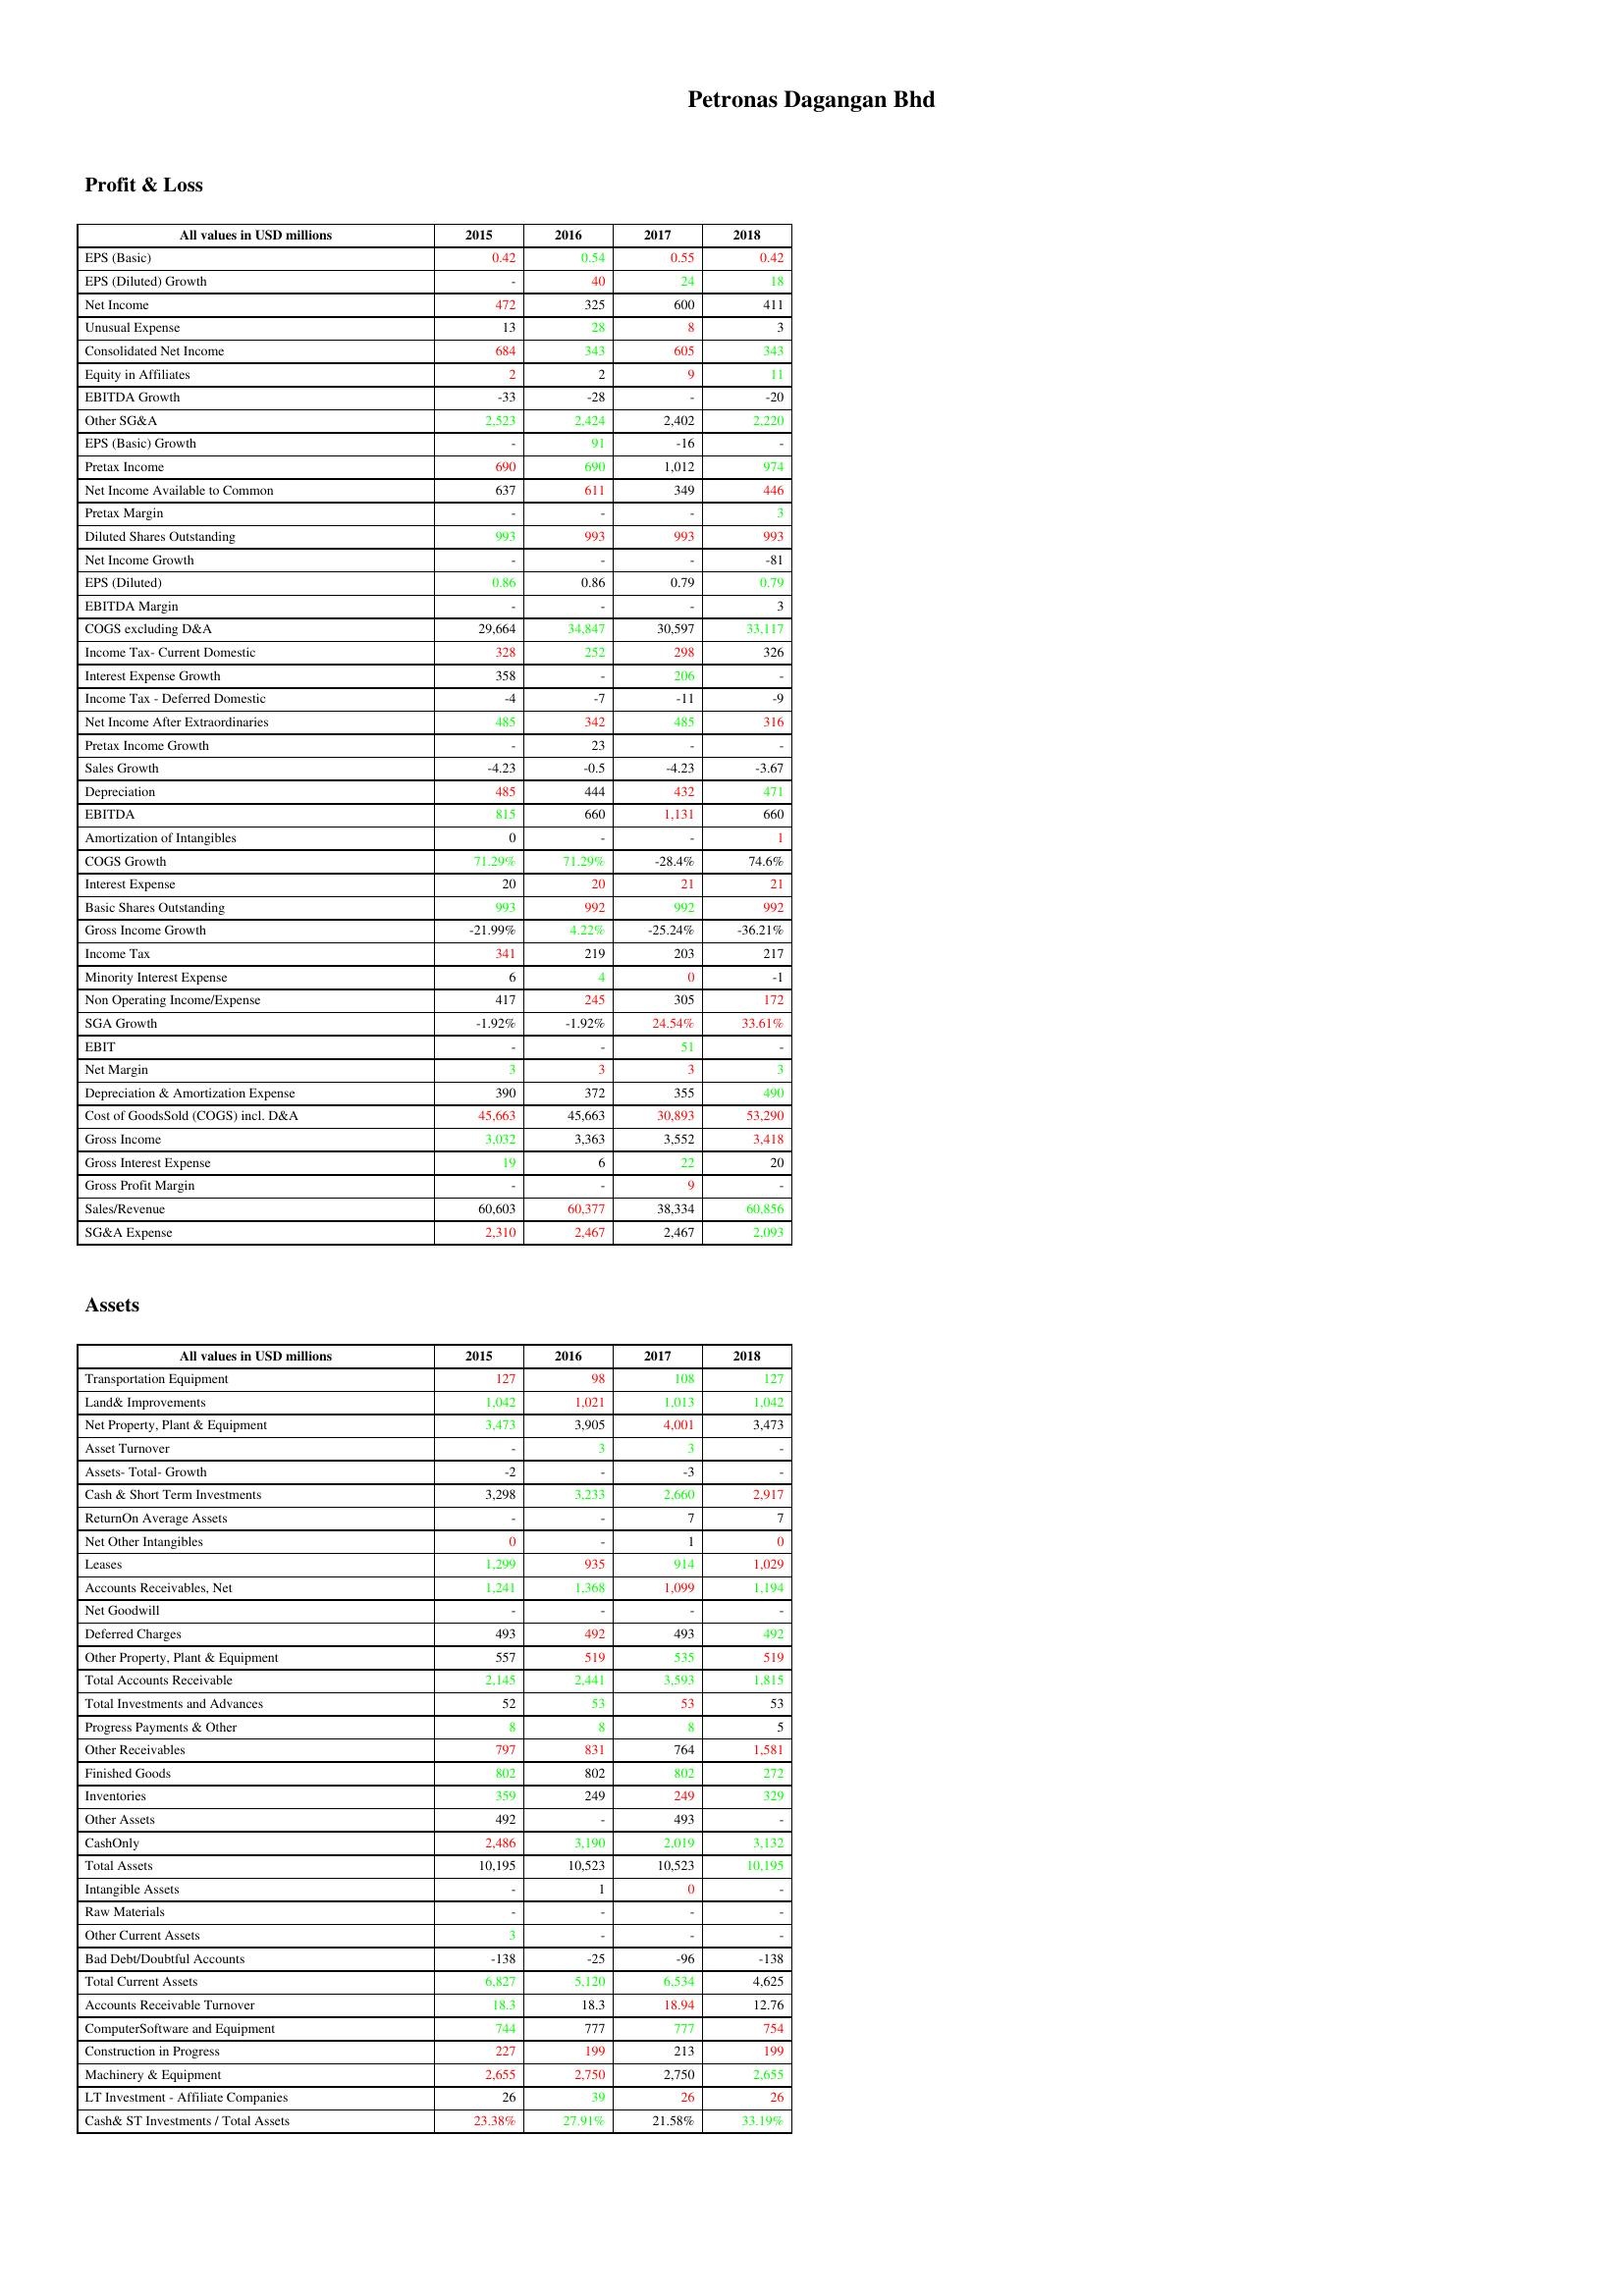
gt_parse: 2015: Profit & Loss: EPS (Basic): 0.42
EPS (Diluted) Growth: -
Net Income: 472
Unusual Expense: 13
Consolidated Net Income: 684
Equity in Affiliates: 2
EBITDA Growth: -33
Other SG&A: 2,523
EPS (Basic) Growth: -
Pretax Income: 690
Net Income Available to Common: 637
Pretax Margin: -
Diluted Shares Outstanding: 993
Net Income Growth: -
EPS (Diluted): 0.86
EBITDA Margin: -
COGS excluding D&A: 29,664
Income Tax- Current Domestic: 328
Interest Expense Growth: 358
Income Tax - Deferred Domestic: -4
Net Income After Extraordinaries: 485
Pretax Income Growth: -
Sales Growth: -4.23
Depreciation: 485
EBITDA: 815
Amortization of Intangibles: 0
COGS Growth: 71.29%
Interest Expense: 20
Basic Shares Outstanding: 993
Gross Income Growth: -21.99%
Income Tax: 341
Minority Interest Expense: 6
Non Operating Income/Expense: 417
SGA Growth: -1.92%
EBIT: -
Net Margin: 3
Depreciation & Amortization Expense: 390
Cost of GoodsSold (COGS) incl. D&A: 45,663
Gross Income: 3,032
Gross Interest Expense: 19
Gross Profit Margin: -
Sales/Revenue: 60,603
SG&A Expense: 2,310
Assets: Transportation Equipment: 127
Land& Improvements: 1,042
Net Property, Plant & Equipment: 3,473
Asset Turnover: -
Assets- Total- Growth: -2
Cash & Short Term Investments: 3,298
ReturnOn Average Assets: -
Net Other Intangibles: 0
Leases: 1,299
Accounts Receivables, Net: 1,241
Net Goodwill: -
Deferred Charges: 493
Other Property, Plant & Equipment: 557
Total Accounts Receivable: 2,145
Total Investments and Advances: 52
Progress Payments & Other: 8
Other Receivables: 797
Finished Goods: 802
Inventories: 359
Other Assets: 492
CashOnly: 2,486
Total Assets: 10,195
Intangible Assets: -
Raw Materials: -
Other Current Assets: 3
Bad Debt/Doubtful Accounts: -138
Total Current Assets: 6,827
Accounts Receivable Turnover: 18.3
ComputerSoftware and Equipment: 744
Construction in Progress: 227
Machinery & Equipment: 2,655
LT Investment - Affiliate Companies: 26
Cash& ST Investments / Total Assets: 23.38%
2016: Profit & Loss: EPS (Basic): 0.54
EPS (Diluted) Growth: 40
Net Income: 325
Unusual Expense: 28
Consolidated Net Income: 343
Equity in Affiliates: 2
EBITDA Growth: -28
Other SG&A: 2,424
EPS (Basic) Growth: 91
Pretax Income: 690
Net Income Available to Common: 611
Pretax Margin: -
Diluted Shares Outstanding: 993
Net Income Growth: -
EPS (Diluted): 0.86
EBITDA Margin: -
COGS excluding D&A: 34,847
Income Tax- Current Domestic: 252
Interest Expense Growth: -
Income Tax - Deferred Domestic: -7
Net Income After Extraordinaries: 342
Pretax Income Growth: 23
Sales Growth: -0.5
Depreciation: 444
EBITDA: 660
Amortization of Intangibles: -
COGS Growth: 71.29%
Interest Expense: 20
Basic Shares Outstanding: 992
Gross Income Growth: 4.22%
Income Tax: 219
Minority Interest Expense: 4
Non Operating Income/Expense: 245
SGA Growth: -1.92%
EBIT: -
Net Margin: 3
Depreciation & Amortization Expense: 372
Cost of GoodsSold (COGS) incl. D&A: 45,663
Gross Income: 3,363
Gross Interest Expense: 6
Gross Profit Margin: -
Sales/Revenue: 60,377
SG&A Expense: 2,467
Assets: Transportation Equipment: 98
Land& Improvements: 1,021
Net Property, Plant & Equipment: 3,905
Asset Turnover: 3
Assets- Total- Growth: -
Cash & Short Term Investments: 3,233
ReturnOn Average Assets: -
Net Other Intangibles: -
Leases: 935
Accounts Receivables, Net: 1,368
Net Goodwill: -
Deferred Charges: 492
Other Property, Plant & Equipment: 519
Total Accounts Receivable: 2,441
Total Investments and Advances: 53
Progress Payments & Other: 8
Other Receivables: 831
Finished Goods: 802
Inventories: 249
Other Assets: -
CashOnly: 3,190
Total Assets: 10,523
Intangible Assets: 1
Raw Materials: -
Other Current Assets: -
Bad Debt/Doubtful Accounts: -25
Total Current Assets: 5,120
Accounts Receivable Turnover: 18.3
ComputerSoftware and Equipment: 777
Construction in Progress: 199
Machinery & Equipment: 2,750
LT Investment - Affiliate Companies: 39
Cash& ST Investments / Total Assets: 27.91%
2017: Profit & Loss: EPS (Basic): 0.55
EPS (Diluted) Growth: 24
Net Income: 600
Unusual Expense: 8
Consolidated Net Income: 605
Equity in Affiliates: 9
EBITDA Growth: -
Other SG&A: 2,402
EPS (Basic) Growth: -16
Pretax Income: 1,012
Net Income Available to Common: 349
Pretax Margin: -
Diluted Shares Outstanding: 993
Net Income Growth: -
EPS (Diluted): 0.79
EBITDA Margin: -
COGS excluding D&A: 30,597
Income Tax- Current Domestic: 298
Interest Expense Growth: 206
Income Tax - Deferred Domestic: -11
Net Income After Extraordinaries: 485
Pretax Income Growth: -
Sales Growth: -4.23
Depreciation: 432
EBITDA: 1,131
Amortization of Intangibles: -
COGS Growth: -28.4%
Interest Expense: 21
Basic Shares Outstanding: 992
Gross Income Growth: -25.24%
Income Tax: 203
Minority Interest Expense: 0
Non Operating Income/Expense: 305
SGA Growth: 24.54%
EBIT: 51
Net Margin: 3
Depreciation & Amortization Expense: 355
Cost of GoodsSold (COGS) incl. D&A: 30,893
Gross Income: 3,552
Gross Interest Expense: 22
Gross Profit Margin: 9
Sales/Revenue: 38,334
SG&A Expense: 2,467
Assets: Transportation Equipment: 108
Land& Improvements: 1,013
Net Property, Plant & Equipment: 4,001
Asset Turnover: 3
Assets- Total- Growth: -3
Cash & Short Term Investments: 2,660
ReturnOn Average Assets: 7
Net Other Intangibles: 1
Leases: 914
Accounts Receivables, Net: 1,099
Net Goodwill: -
Deferred Charges: 493
Other Property, Plant & Equipment: 535
Total Accounts Receivable: 3,593
Total Investments and Advances: 53
Progress Payments & Other: 8
Other Receivables: 764
Finished Goods: 802
Inventories: 249
Other Assets: 493
CashOnly: 2,019
Total Assets: 10,523
Intangible Assets: 0
Raw Materials: -
Other Current Assets: -
Bad Debt/Doubtful Accounts: -96
Total Current Assets: 6,534
Accounts Receivable Turnover: 18.94
ComputerSoftware and Equipment: 777
Construction in Progress: 213
Machinery & Equipment: 2,750
LT Investment - Affiliate Companies: 26
Cash& ST Investments / Total Assets: 21.58%
2018: Profit & Loss: EPS (Basic): 0.42
EPS (Diluted) Growth: 18
Net Income: 411
Unusual Expense: 3
Consolidated Net Income: 343
Equity in Affiliates: 11
EBITDA Growth: -20
Other SG&A: 2,220
EPS (Basic) Growth: -
Pretax Income: 974
Net Income Available to Common: 446
Pretax Margin: 3
Diluted Shares Outstanding: 993
Net Income Growth: -81
EPS (Diluted): 0.79
EBITDA Margin: 3
COGS excluding D&A: 33,117
Income Tax- Current Domestic: 326
Interest Expense Growth: -
Income Tax - Deferred Domestic: -9
Net Income After Extraordinaries: 316
Pretax Income Growth: -
Sales Growth: -3.67
Depreciation: 471
EBITDA: 660
Amortization of Intangibles: 1
COGS Growth: 74.6%
Interest Expense: 21
Basic Shares Outstanding: 992
Gross Income Growth: -36.21%
Income Tax: 217
Minority Interest Expense: -1
Non Operating Income/Expense: 172
SGA Growth: 33.61%
EBIT: -
Net Margin: 3
Depreciation & Amortization Expense: 490
Cost of GoodsSold (COGS) incl. D&A: 53,290
Gross Income: 3,418
Gross Interest Expense: 20
Gross Profit Margin: -
Sales/Revenue: 60,856
SG&A Expense: 2,093
Assets: Transportation Equipment: 127
Land& Improvements: 1,042
Net Property, Plant & Equipment: 3,473
Asset Turnover: -
Assets- Total- Growth: -
Cash & Short Term Investments: 2,917
ReturnOn Average Assets: 7
Net Other Intangibles: 0
Leases: 1,029
Accounts Receivables, Net: 1,194
Net Goodwill: -
Deferred Charges: 492
Other Property, Plant & Equipment: 519
Total Accounts Receivable: 1,815
Total Investments and Advances: 53
Progress Payments & Other: 5
Other Receivables: 1,581
Finished Goods: 272
Inventories: 329
Other Assets: -
CashOnly: 3,132
Total Assets: 10,195
Intangible Assets: -
Raw Materials: -
Other Current Assets: -
Bad Debt/Doubtful Accounts: -138
Total Current Assets: 4,625
Accounts Receivable Turnover: 12.76
ComputerSoftware and Equipment: 754
Construction in Progress: 199
Machinery & Equipment: 2,655
LT Investment - Affiliate Companies: 26
Cash& ST Investments / Total Assets: 33.19%